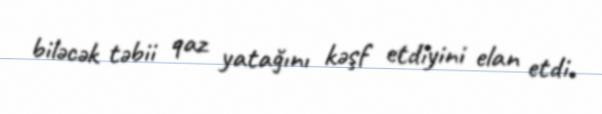
biləcək təbii qaz yatağını kəşf etdiyini elan etdi.